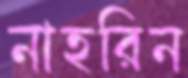
নাহরিন